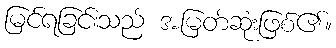
မြင်ရခြင်းသည် အမြတ်ဆုံးဖြစ်၏။